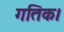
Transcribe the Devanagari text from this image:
गतिक।